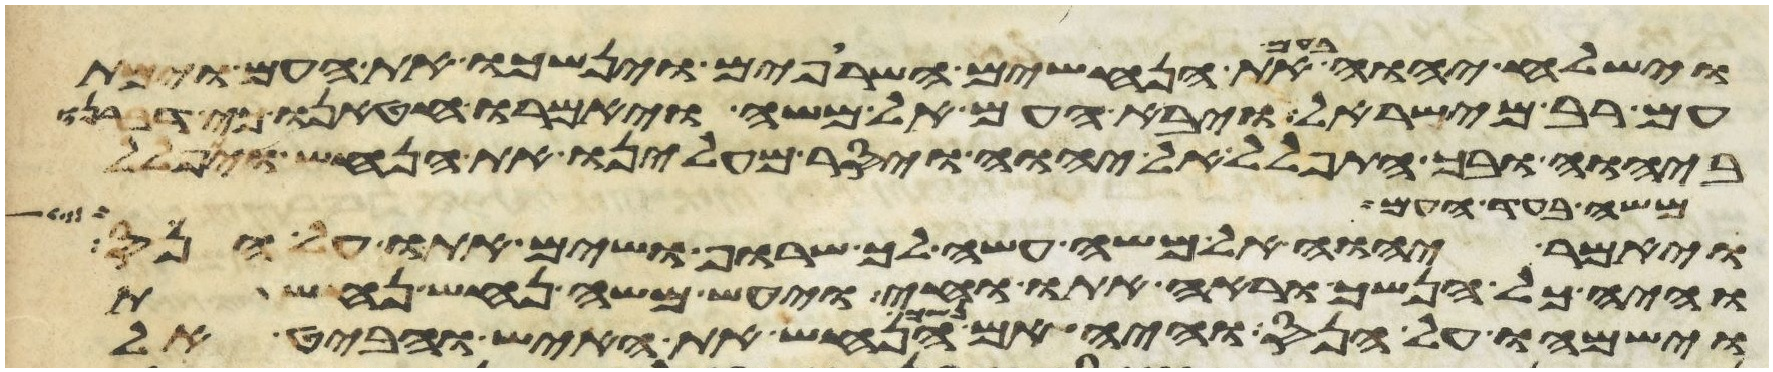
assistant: וישלח יהוה בעם את הנחשים השרופים וינשכו את העם וימת
עם רב מישראל ויבא העם אל משה ויאמרו חטאנו כי דברנו
ביהוה ובך התפלל אל יהוה ויסר מעלינו את הנחש ויתפלל
משה בעד העם
ויאמר יהוה אל משה עשה לך שרוף ושים אתו על הנס
והיה כל הנשך וראה אתו וחי ויעש משה נחש נחשת
וישמהו על הנס והיה אם נשך הנחש את האיש והביט אל